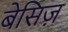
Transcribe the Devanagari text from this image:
बेसिज़